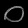
Digit: ၀